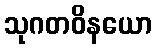
သုဂတဝိနယော